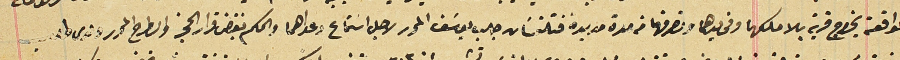
الواقعة بخراج قرية بلا ملكهما وفى يدهما و تصرفهما من مدة مديدة فتلتمسَان جلب يوسَف المحرر لاجل اسَتماع دعواهما والحكم بنقض قرار الحجز والطرح المحرر ولدى طلب